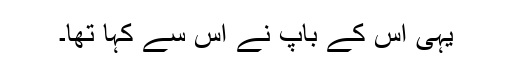
یہی اس کے باپ نے اس سے کہا تھا۔